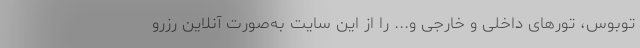
توبوس، تورهای داخلی و خارجی و... را از این سایت به‌صورت آنلاین رزرو